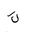
Letter: _kaf